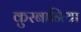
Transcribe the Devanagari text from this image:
कुरबानिया